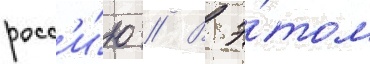
росс'и́ю // В э́том